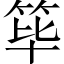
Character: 筚